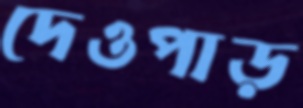
দেওপাড়